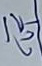
ล่าง